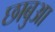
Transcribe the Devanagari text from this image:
छाबुआ